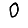
Digit: 0